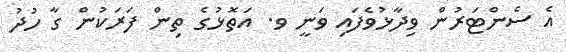
އެ ސެންޓަރުން ވިދާޅުވެފައި ވަނީ ވ. އަތޮޅުގެ ތިން ފަރަކުން ގާ ހުދު